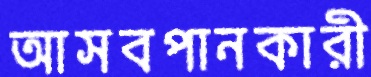
আসবপানকারী